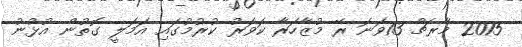
2015 މާރޗް 13ވަނަ ރޭ މުޒާހަރާ ކަވަރު ކުރުމުގައި އަމަލީ ގޮތުން އުޅުނު